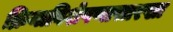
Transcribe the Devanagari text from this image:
क्रियाविशेषणासारखा